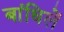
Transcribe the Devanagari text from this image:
बांधिलें